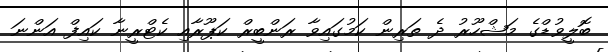
ބޮލީވުޑްގެ މަޝްހޫރު ދެ ތަރިން ކަމުގައިވާ ރަންބީރް ކަޕޫރާއި ކެޓްރީނާ ކައިފް އަންނަ